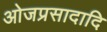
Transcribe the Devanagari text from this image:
ओजप्रसादादि